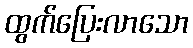
ထွက်ပြေးလာသော